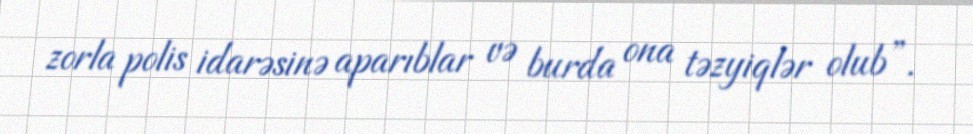
zorla polis idarəsinə aparıblar və burda ona təzyiqlər olub”.